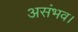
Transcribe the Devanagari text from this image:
असंभव।